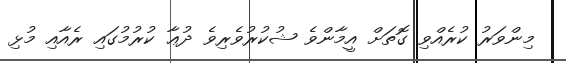
މިންވަރު ކުރެއްވި ގޮތަށް އީމާންވެ ޝުކުރުވެރިވެ ދުޢާ ކުރުމުގައި ރެއާއި މުޅި